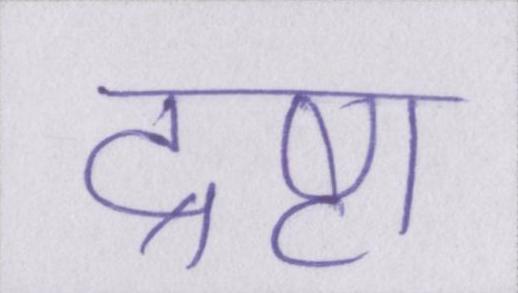
द्रष्टा